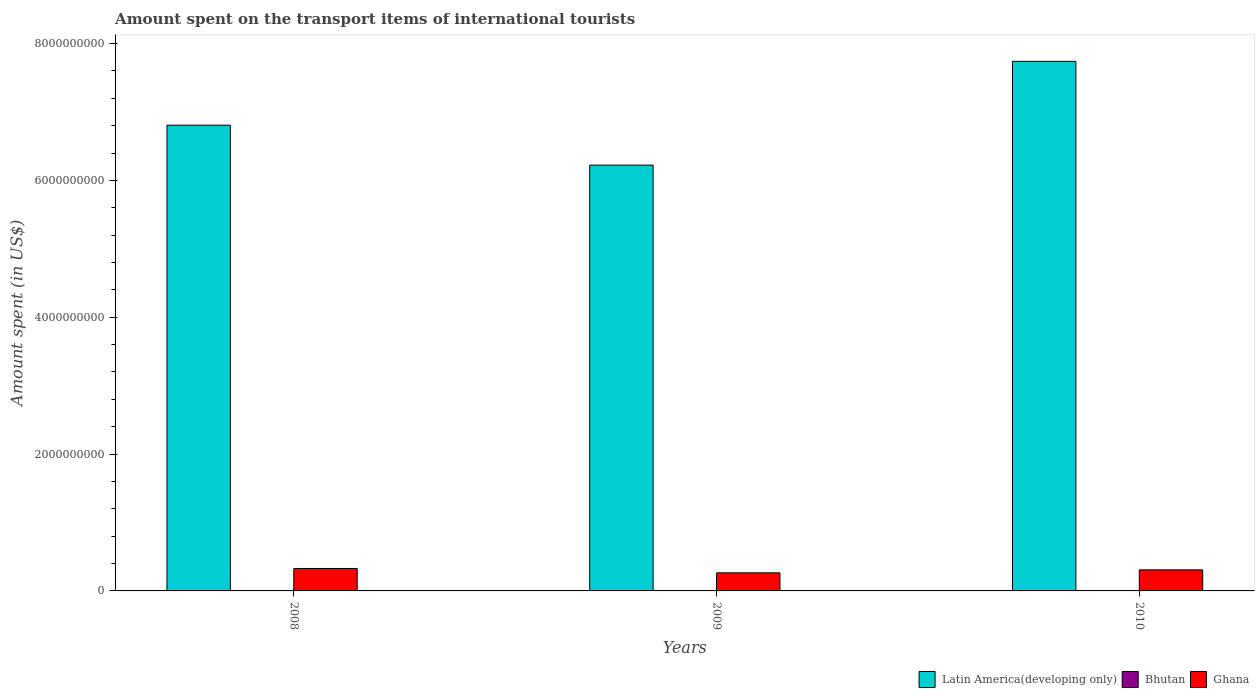
| Years | Latin America(developing only) | Bhutan | Ghana |
 | --- | --- | --- | --- |
 | 2008 | 6.81e+09 | 1e+06 | 3.28e+08 |
 | 2009 | 6.22e+09 | 1e+06 | 2.64e+08 |
 | 2010 | 7.74e+09 | 2e+06 | 3.08e+08 |